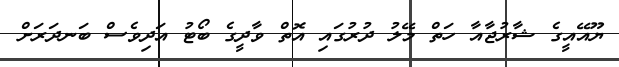
ޔޫއޭއީގެ ޝާރުޖާއާ ހަތް މޭލު ދުރުގައި އޮތް ވާދީގެ ބޯޓު އަދިވެސް ބަނދަރަށް